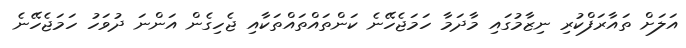
އަލަށް ތައާރަފްކުރި ނިޒާމުގައި މާދަމާ ހަމަޖެހޭނެ ކަންތައްތައްތަކާއި ޖެހިގެން އަންނަ ދުވަހު ހަމަޖެހޭނެ